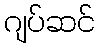
ဂျပ်ဆင်